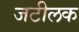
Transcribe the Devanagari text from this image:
जटीलक